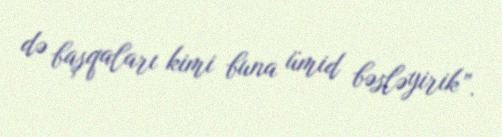
də başqaları kimi buna ümid bəsləyirik”.